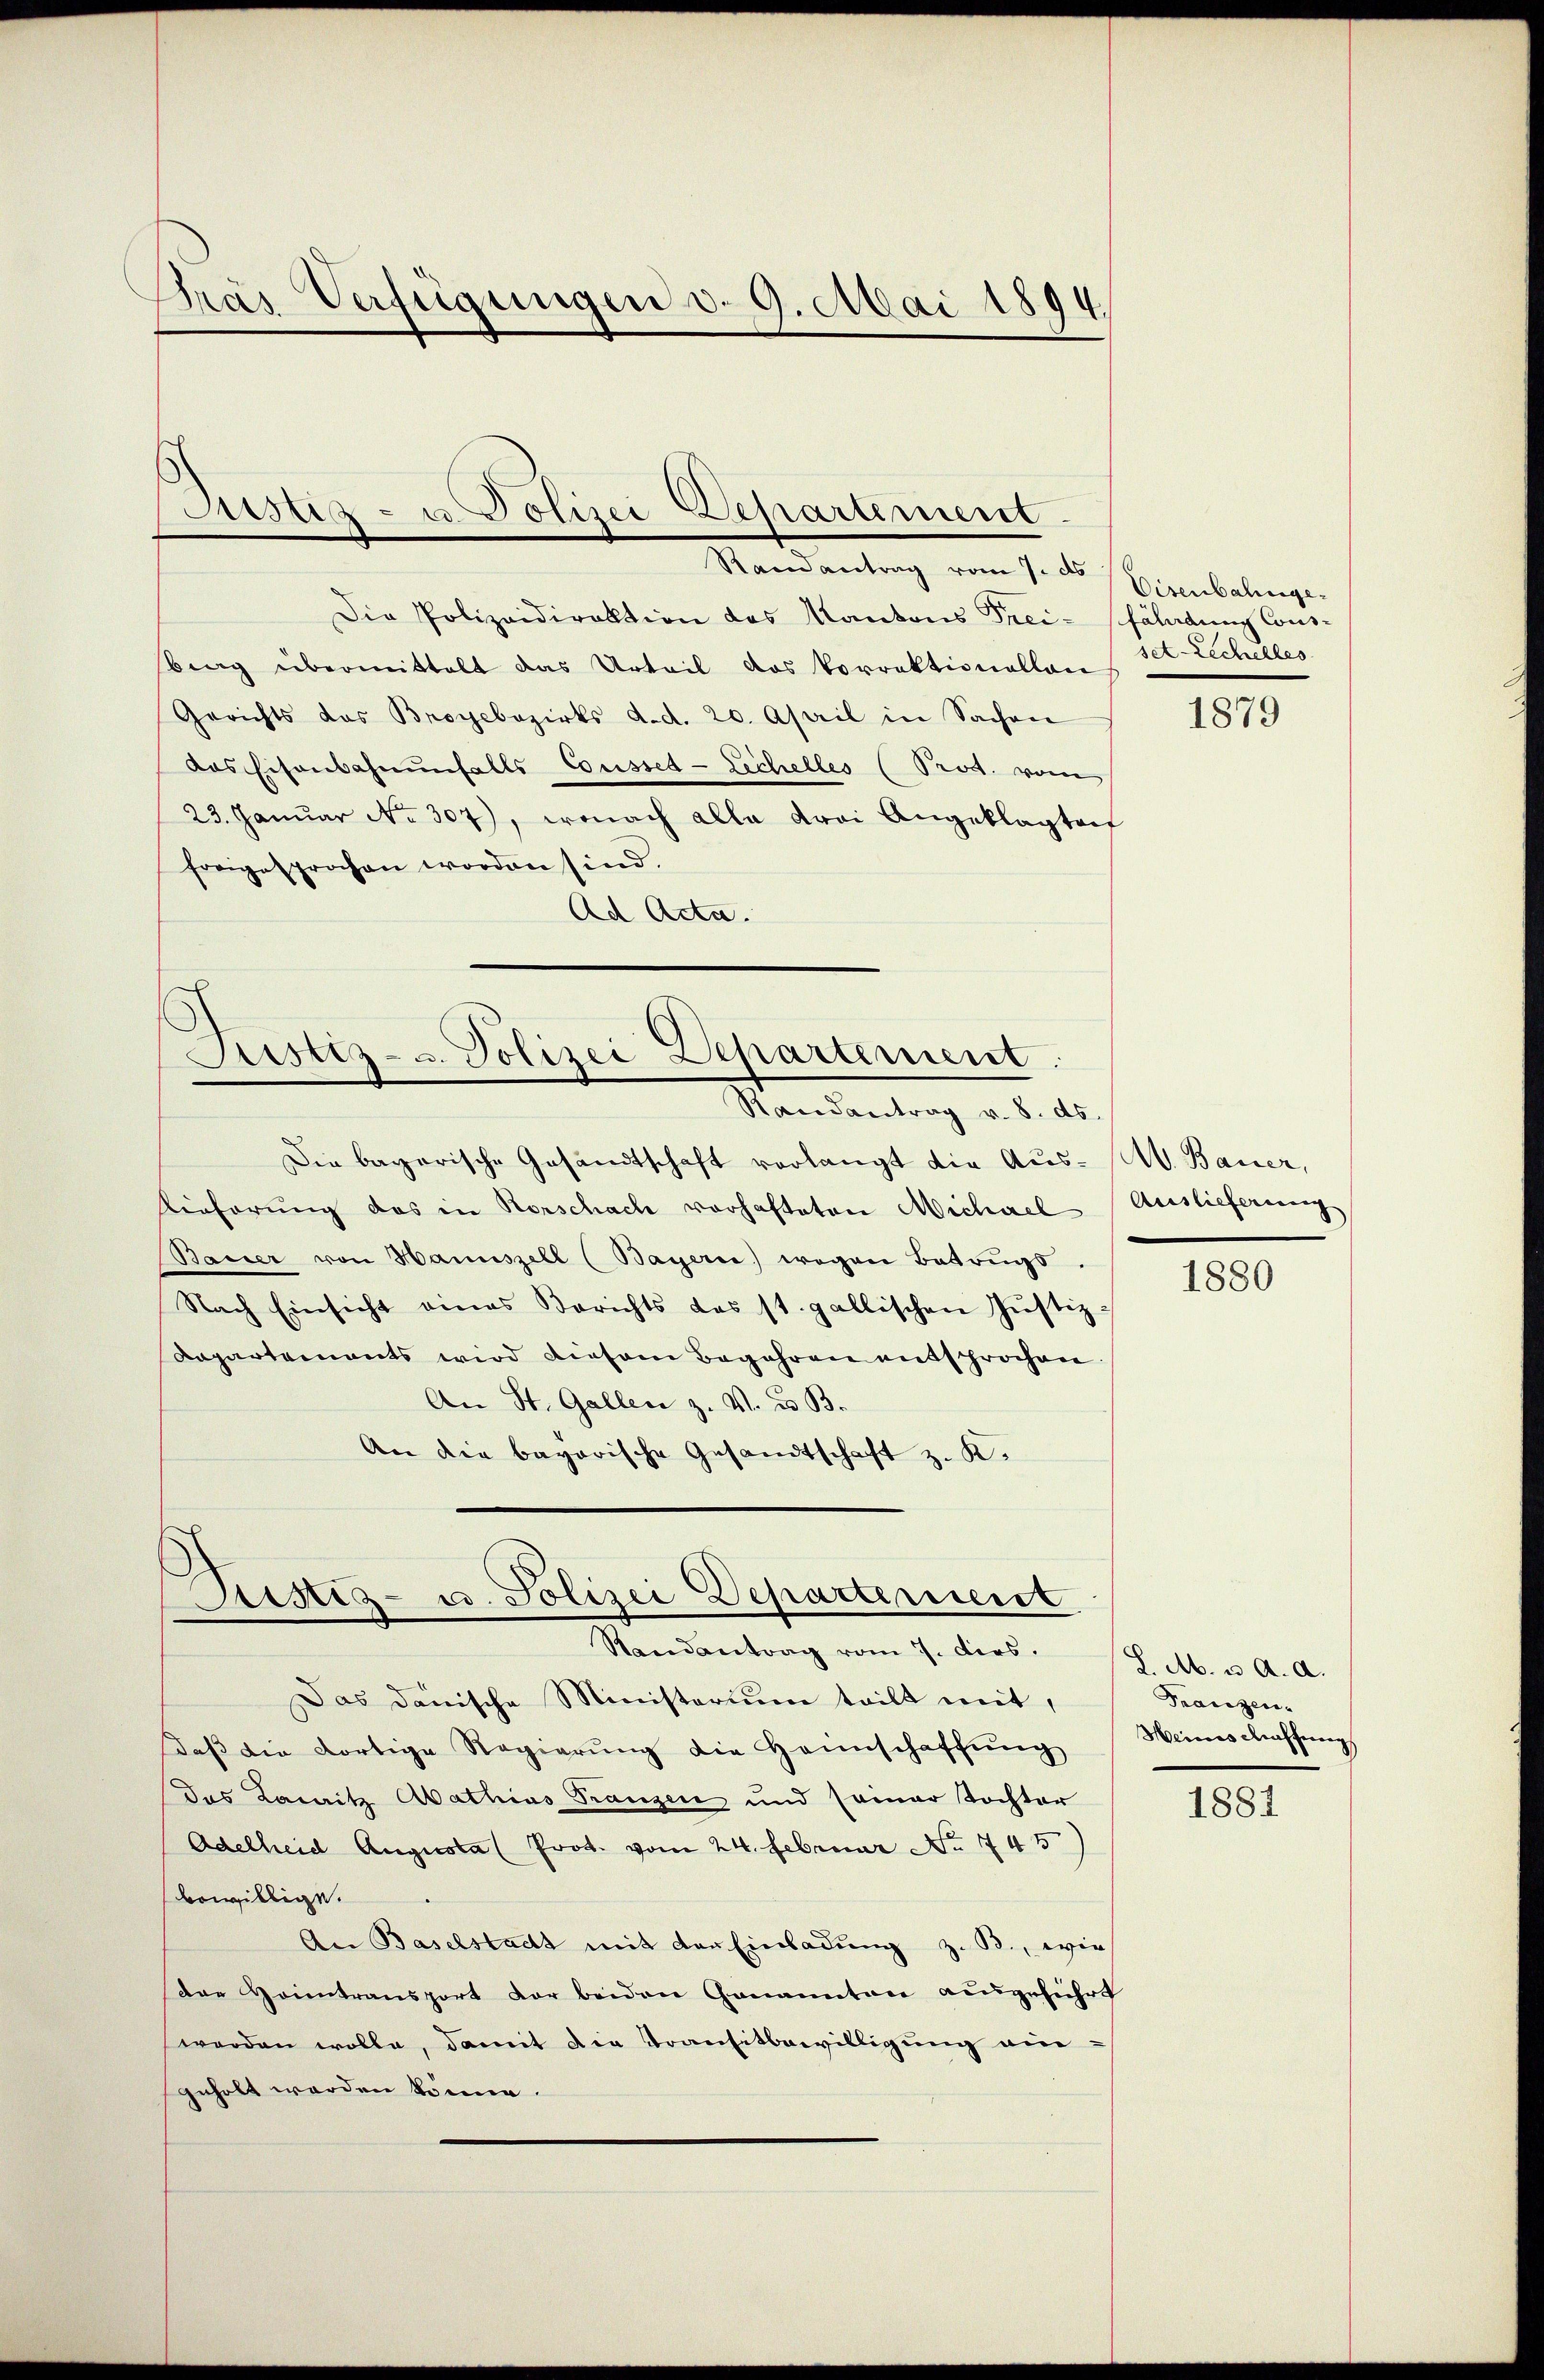
Gras Verfügungen d. 9. Mai 1894.

Die Polizeidirektion des Kantons Frei- fährdung Cous-
berg übermittelt das Urteil das Vorrektionallen
Gerichts das Broyebezirks d.d. 20. April in Sachen
das Eisenbahnenfalls Coussed-Zechelles (Prot. vom
23. Januar No 307), wonach alle Frei Angeklagten
freigesprochen worden sind.
Ad Acta.

Justiz- u Polizei Departement.
Randantrag vom 7. ds

Justiz- u. Polizei Departement.
Randantrag v. 8. ds.

Randantrag vom 7. dies.

Die bayerische Gesandtschaft verlangt die Aus- (M. Bauer,
Vieferung das in Rorschach vorhafteten Michael
Bauer von Hannszell (Bayern) wegen Betrugs.
Nach Einsicht eines Berichts das st. gallischen Justiz-
Rapartements wird diesem Begehren entsprochen
An St. Gallen z. V. d. B.
An die bayerische Gesandtschaft z. K.
Justiz- u. Polizei Departement

Das danische Ministerium teilt mit,
daβ die dortige Regierŭng die Hannschaffŭng
das Lauritz Abathias Franzen und samer Tochter
Adelheid Augusta (Prot. vom 24. Februar No. 1745
bewillige.
An Baselstadt mit der Einladung z. B., wie
Dae Heintransport der beiden Genannten ausgeführt
worden wolle, damit die Transitbewilligung eingeholt werden könne.

Eisenbahnge
set. Zechelles

1879

Auslieferung

1880

J. M. u. a. a.
Franzen.
Meines Aaffung

1881